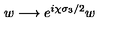
w \longrightarrow e ^ { i \chi \sigma _ { 3 } / 2 } w